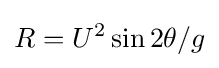
R=U^{2}\sin 2\theta /g